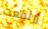
إرتفعت